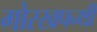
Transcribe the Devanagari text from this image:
गोरखपन्थी